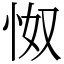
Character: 怓